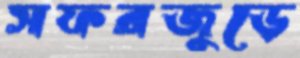
সফরজুড়ে